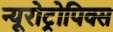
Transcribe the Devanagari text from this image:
न्यूरोट्रोपिक्स